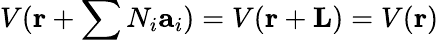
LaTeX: V(\mathbf{r}+\sum N_{i}\mathbf{a}_{i})=V(\mathbf{r}+\mathbf{L})=V(\mathbf{r})